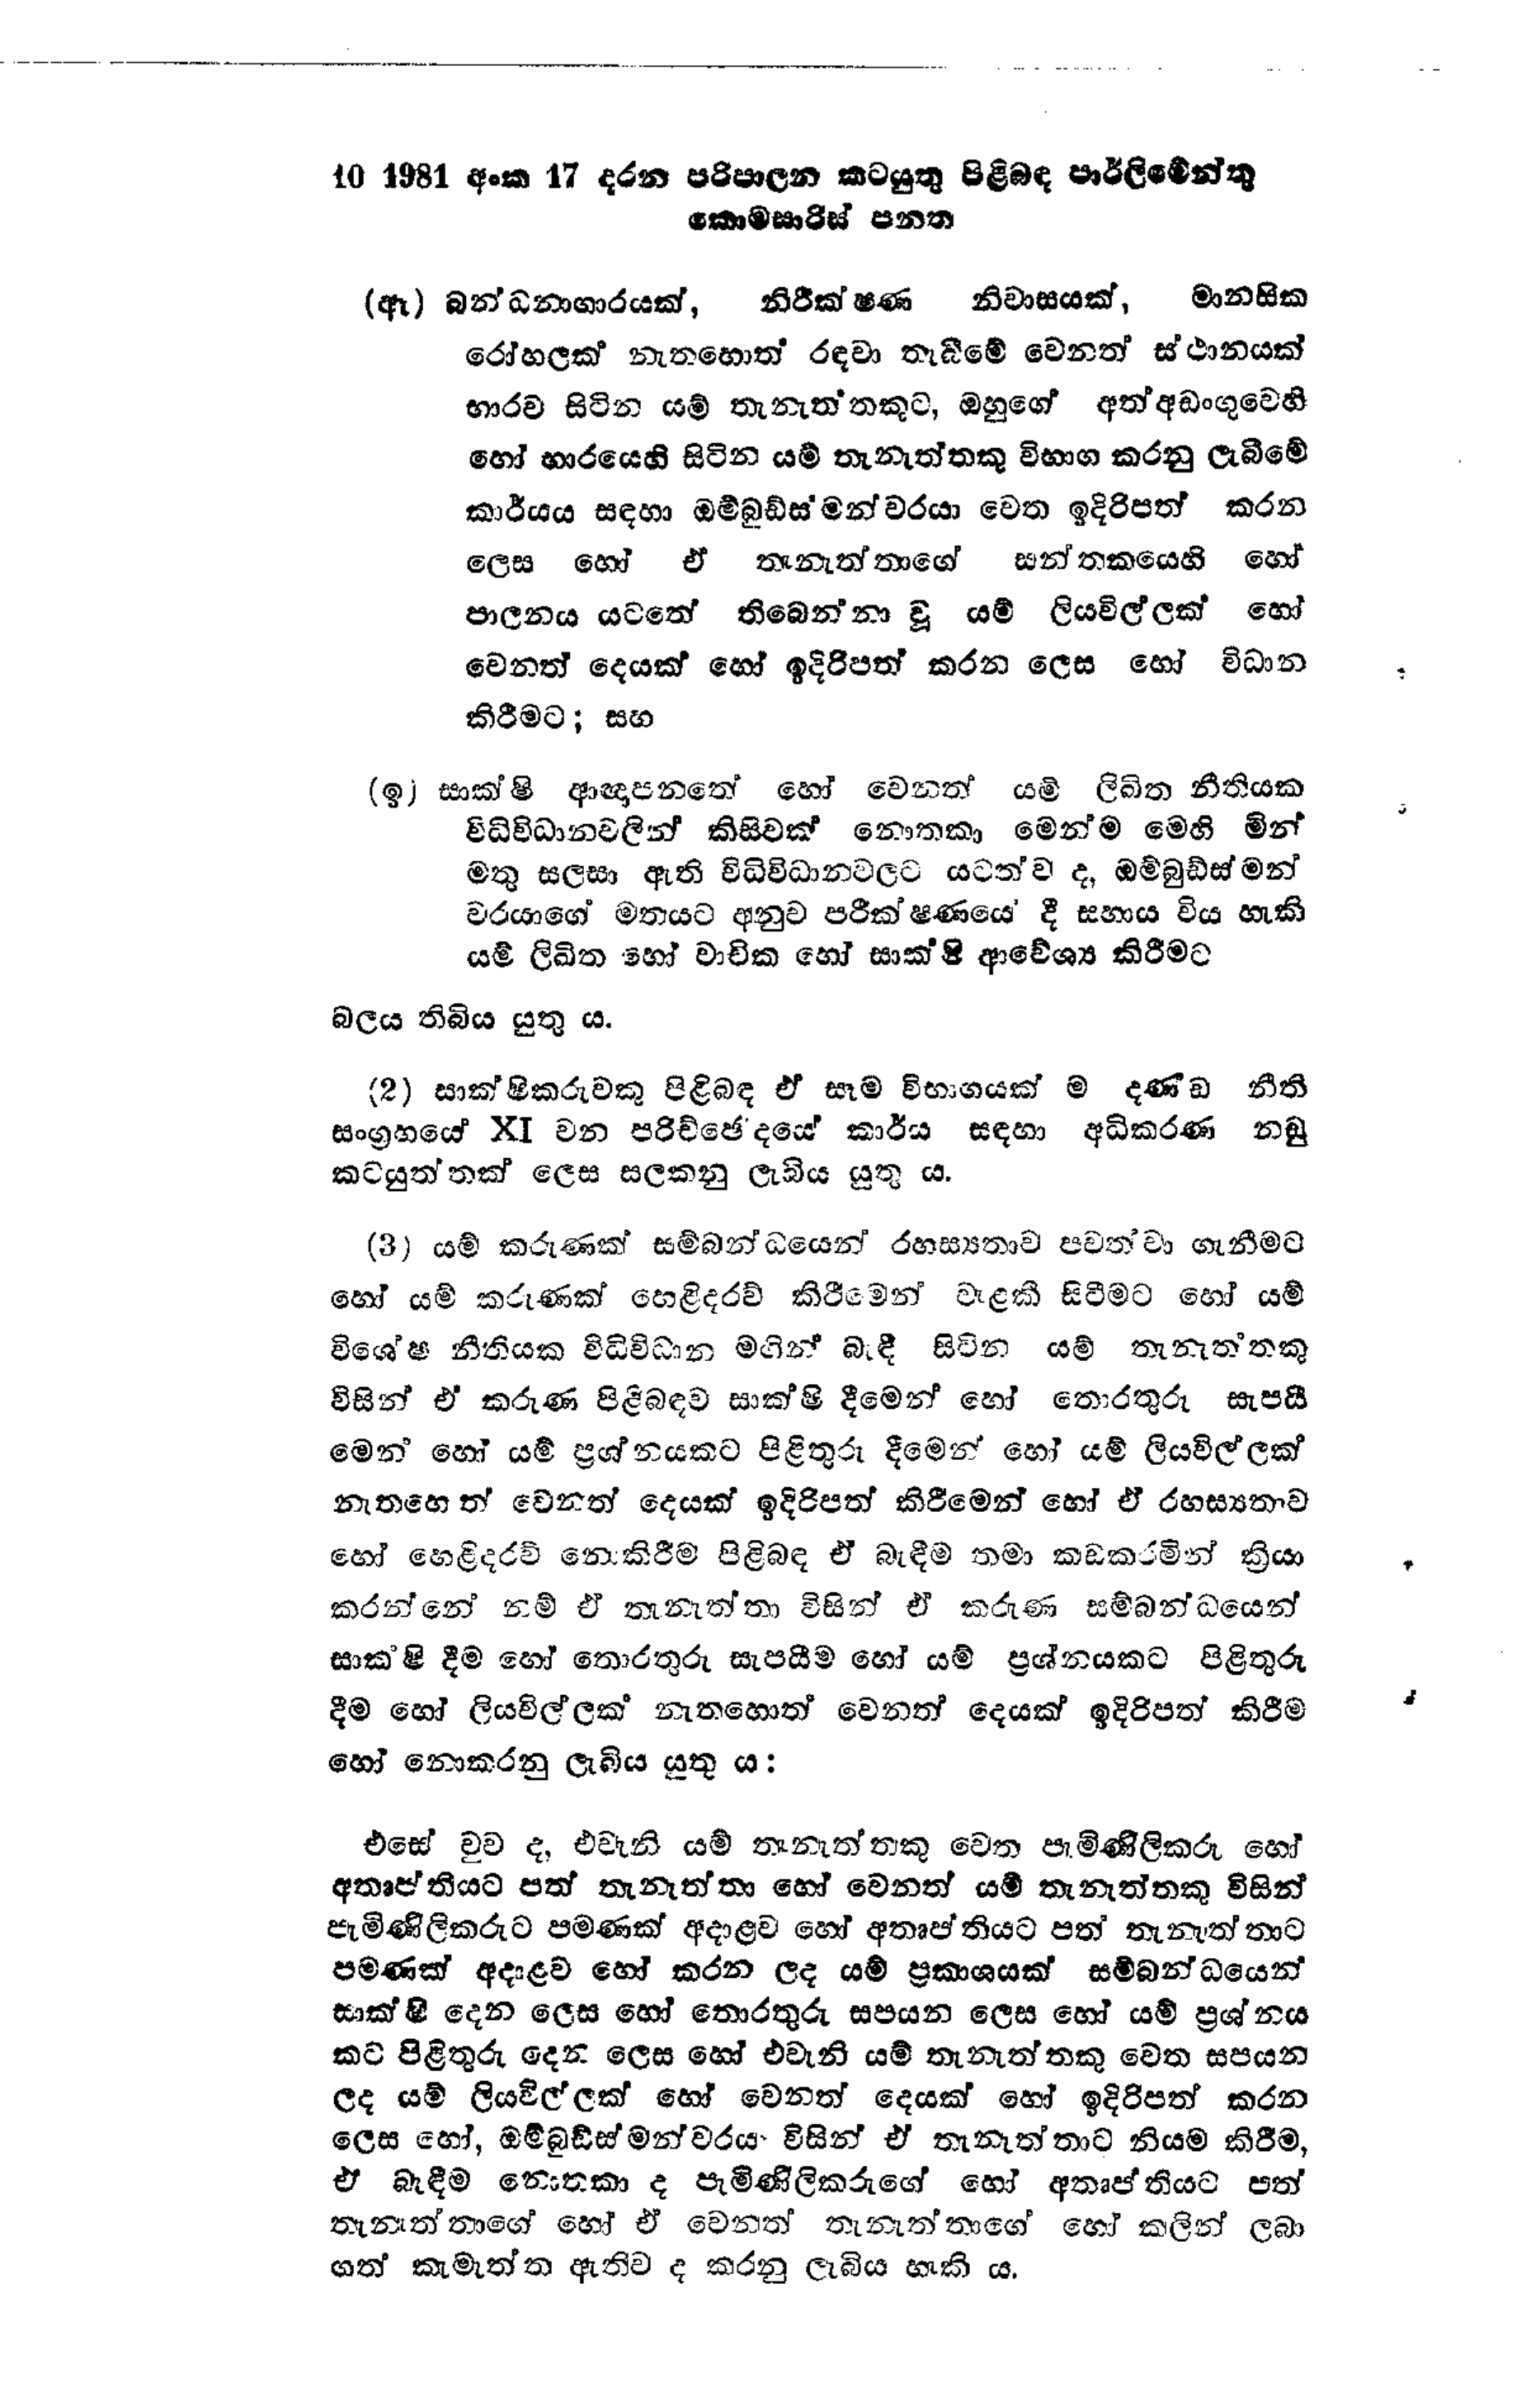
10 1981 අංක 17 දරන පරිපාලන කටයුතු පිළිබඳ පාර්ලිමේන්තු
කොමසාරිස් පනත

(ඈ) බන්ධනාගාරයක්, නිරීක්ෂණ නිවාසයක්, මානසික
රෝහලක් නැතහොත් රඳවා තැබීමේ වෙනත් ස්ථානයක්
භාරව සිටින යම් තැනැත්තකුට, ඔහුගේ අත්අඩංගුවෙහි
හෝ භාරයෙහි සිටින යම් තැනැත්තකු විභාග කරනු ලැබීමේ
කාර්යය සඳහා ඔම්බුඩ්ස්මන්වරයා වෙත ඉදිරිපත් කරන
ලෙස හෝ లో තැනැත්තාගේ සන්තකයෙහි හෝ
පාලනය යටතේ තිබෙන්නා වූ යම් ලියවිල්ලක් හෝ
වෙනත් දෙයක් හෝ ඉදිරිපත් කරන ලෙස හෝ විධාන
කිරීමට; සහ

(ඉ) සාක්ෂි ආඥාපනතේ හෝ වෙනත් යම් ලිඛිත නීතියක
විධිවිධාන වලින් කිසිවක් නොතකා මෙන්ම මෙහි මින්
මතු සලසා ඇති විධිවිධාන වලට යටත්ව ද, ඔම්බුඩ්ස්මන්
වරයාගේ මතයට අනුව පරීක්ෂණයේ දී සහාය විය හැකි
යම් ලිඛිත හෝ වාචික හෝ සාක්ෂි ආවේශ්‍ය කිරීමට
බලය තිබිය යුතු ය.

(2) සාක්ෂිකරුවකු පිළිබඳ ඒ සෑම විභාගයක් ම දණ්ඩ නීති
සංග්‍රහයේ XI වන පරිච්ඡේදයේ කාර්ය සඳහා අධිකරණ නඩු
කටයුත්තක් ලෙස සලකනු ලැබිය යුතු ය.

(3) යම් කරුණක් සම්බන්ධයෙන් රහස්‍යතාව පවත්වා ගැනීමට
හෝ යම් කරුණක් හෙළිදරව් කිරීමෙන් වැළකී සිටීමට හෝ යම්
විශේෂ නීතියක විධිවිධාන මගින් බැඳී සිටින යම් තැනැත්තකු
විසින් ඒ කරුණ පිළිබඳව සාක්ෂිදීමෙන් හෝ තොරතුරු සැපයී
මෙන් හෝ යම් ප්‍රශ්නයකට පිළිතුරු දීමෙන් හෝ යම් ලියවිල්ලක්
නැතහෙත් වෙනත් දෙයක් ඉදිරිපත් කිරීමෙන් හෝ ඒ රහස්‍යතාව
හෝ හෙළිදරව් නොකිරීම පිළිබඳ ඒ බැඳීම තමා කඩකරමින් ක්‍රියා
කරන්නේ නම් ඒ තැනැත්තා විසින් ඒ කරුණ සම්බන්ධයෙන්
සාකෂි දීම හෝ තොරතුරු සැපයීම හෝ යම් ප්‍රශ්නයකට පිළිතුරු
දීම හෝ ලියවිල්ලක් නැතහොත් වෙනත් දෙයක් ඉදිරිපත් කිරීම
නොකරනු ලැබිය යුතු ය:

එසේ වුව ද, එවැනි යම් තැනැත්තකු වෙත පැමිණිලි කරු හෝ
අතෘප්තියට පත් තැනැත්තා හෝ වෙනත් යම් තැනැත්තකු විසින්
පැමිණිලිකරුට පමණක් අදාළව හෝ අතෘප්තියට පත් තැනැත්තාට
පමණක් අදාළව හෝ කරන ලද යම් ප්‍රකාශයක් සම්බන්ධයෙන්
සාක්ෂි දෙන ලෙස හෝ තොරතුරු සපයන ලෙස හෝ යම් ප්‍රශ්නය
කට පිළිතුරු දෙන ලෙස හෝ එවැනි යම් තැනැත්තකු වෙත සපයන
ලද යම් ලියවිල්ලක් හෝ වෙනත් දෙයක් හෝ ඉදිරිපත් කරන
ලෙස හෝ, ඔම්බුඩ්ස්මන්වරයා විසින් ඒ තැනැත්තාට නියම කිරීම,
ඒ බැඳීම නොතකා ද පැමිණිලිකරුගේ හෝ අතෘප්තියට පත්
තැනැත්තාගේ හෝ ඒ වෙනත් තැනැත්තාගේ හෝ කලින් ලබා
ගත් කැමැත්ත ඇතිව ද කරනු ලැබිය හැකි ය.